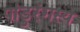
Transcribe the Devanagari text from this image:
पांडुरंगस्य